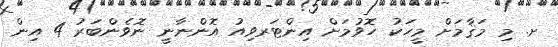
ށ. މި މަޤާމަށް މީހަކު ހޮވުމަށް އިންޓަރވިއު އޮންނާނީ ނޮވެންބަރު 4 އިން